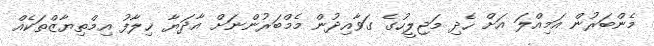
މެންބަރުން އަމިއްލަ އަށް ހެދި މަޖިލީހުގެ ގަވާއިދުން މެމްބަރުންނަށް އާދަޔާ ޚިލާފު އިމްތިޔާޒްތަކެއް